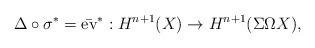
LaTeX: \begin{align*}\Delta\circ \sigma^\ast= \bar{{\rm ev}}^\ast: H^{n+1}(X)\rightarrow H^{n+1}(\Sigma \Omega X),\end{align*}